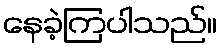
နေခဲ့ကြပါသည်။